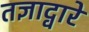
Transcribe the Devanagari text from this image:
तज्ञाद्वारे